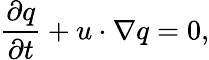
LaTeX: \frac{\partial q}{\partial t}+u\cdot\nabla q=0,